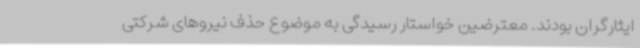
ایثارگران بودند. معترضین خواستار رسیدگی به موضوع حذف نیروهای شرکتی